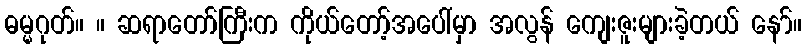
ဓမ္မဂုတ်။ ။ ဆရာတော်ကြီးက ကိုယ်တော့်အပေါ်မှာ အလွန် ကျေးဇူးများခဲ့တယ် နော်။